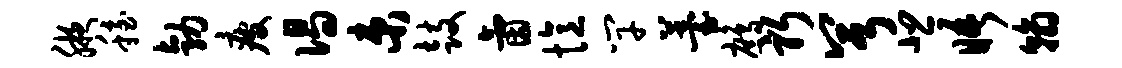
腋稳勃疲偈束鼓氤忆竿薹鹧躬兮悲晤翰